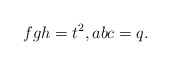
\begin{align*} fgh=t^2,abc=q.\end{align*}